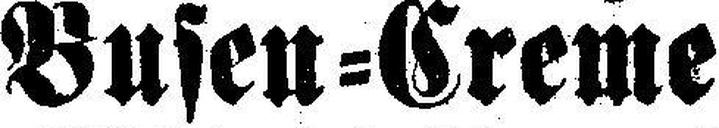
Busen=Creme